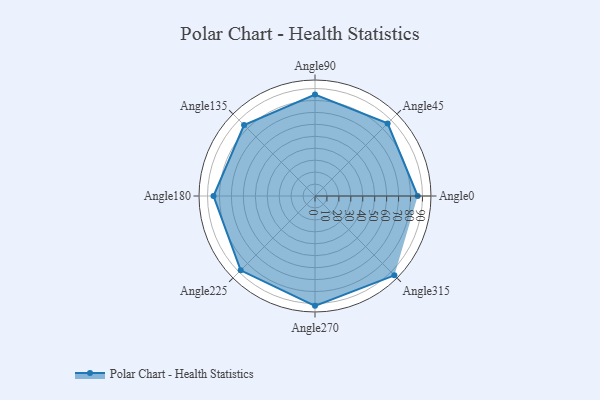
{"axis": {"x": "Angle", "y": "Radius"}, "legend": [""], "data": [{"x": "Angle0", "y": 86.0, "type": ""}, {"x": "Angle45", "y": 86.0, "type": ""}, {"x": "Angle90", "y": 85.0, "type": ""}, {"x": "Angle135", "y": 84.0, "type": ""}, {"x": "Angle180", "y": 85.0, "type": ""}, {"x": "Angle225", "y": 88.0, "type": ""}, {"x": "Angle270", "y": 92.0, "type": ""}, {"x": "Angle315", "y": 94.0, "type": ""}]}